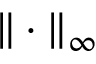
\| \cdot \| _ { \infty }